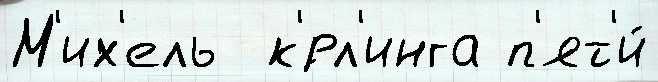
М'их'ель  к'́рл'инга п'ят'и́